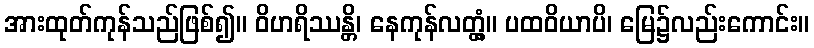
အားထုတ်ကုန်သည်ဖြစ်၍။ ဝိဟရိဿန္တိ၊ နေကုန်လတ္တံ့။ ပထဝိယာပိ၊ မြေ၌လည်းကောင်း။